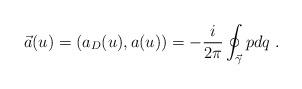
LaTeX: \begin{align*}\vec{a}(u)=(a_D(u),a(u))= -{i\over 2\pi}\oint_{\vec{\gamma}} pdq \ .\end{align*}